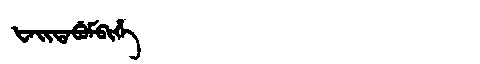
Manchu: ᡶᠠᡳᡨᠠᠪᡠᠮᠪᡳᡥᡝ
Romanization: FAITABUMBIHE